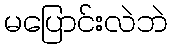
မပြောင်းလဲဘဲ